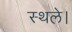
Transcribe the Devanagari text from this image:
स्थले।